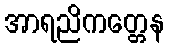
အာရညိကတ္တေန